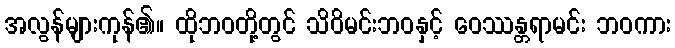
အလွန်များကုန်၏။ ထိုဘဝတို့တွင် သိဝိမင်းဘဝနှင့် ဝေဿန္တရာမင်း ဘဝကား